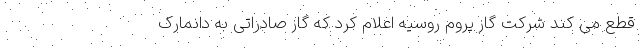
قطع می کند شرکت گاز پروم روسیه اعلام کرد که گاز صادراتی به دانمارک